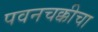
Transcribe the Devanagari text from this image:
पवनचक्कीचा